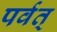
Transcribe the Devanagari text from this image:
पर्वत्